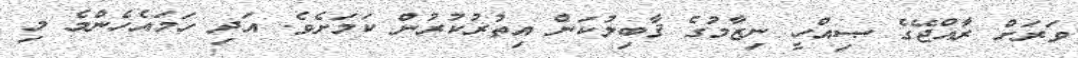
ވަރަށް ރާއްޖޭގެ ޞިއްހީ ނިޒާމުގެ ޤާބިލުކަން އިތުރުކުރުން ކަމަށެވެ. އަދި ހަމައެހެންމެ މި